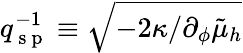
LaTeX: q_{\mathrm{~s~p~}}^{-1}\equiv\sqrt{-2\kappa/\partial_{\phi}\tilde{\mu}_{h}}